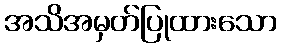
အသိအမှတ်ပြုထားသော